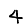
Digit: 4